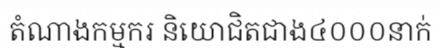
តំណាងកម្មករ និយោជិតជាង៤០០០នាក់